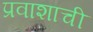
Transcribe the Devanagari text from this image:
प्रवाशाची